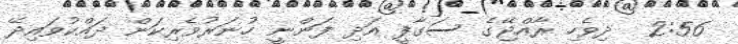
2:56  ދިވެހި ރާއްޖޭގެ ސަގާފީ އަދި ފަންނީ ހުނަރުވެރިކަން ދައްކުވައިދޭ